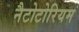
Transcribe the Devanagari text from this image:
नैटोटोरियम